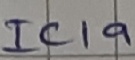
Text: IC1a